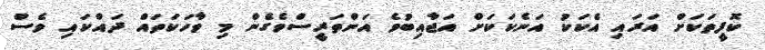
ކޮފީތަކަށް އަރައި އެކަކު އަނެކަކަށް އަޖާއިބުވެ އަންތަރީސްވެގެން މި ވާހަކަތައް ދައްކައި ވެސް